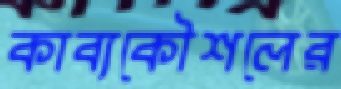
কাব্যকৌশলের